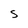
Character: S